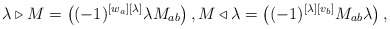
\begin{align*}\lambda\triangleright M = \left((-1)^{[w_a][\lambda]}\lambda M_{a b}\right),M \triangleleft\lambda = \left((-1)^{[\lambda][v_b]} M_{a b}\lambda\right),\end{align*}